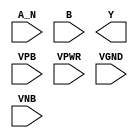
module sky130_fd_sc_hd__nand2b (
    //# {{data|Data Signals}}
    input  A_N ,
    input  B   ,
    output Y   ,

    //# {{power|Power}}
    input  VPB ,
    input  VPWR,
    input  VGND,
    input  VNB
);
endmodule